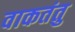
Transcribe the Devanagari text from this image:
वाकतंतु